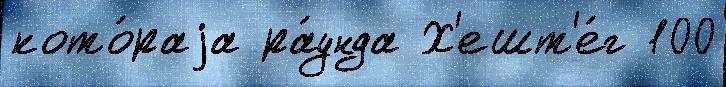
кото́раjа ра́унда Х'ешт'е́г 100